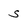
Character: s